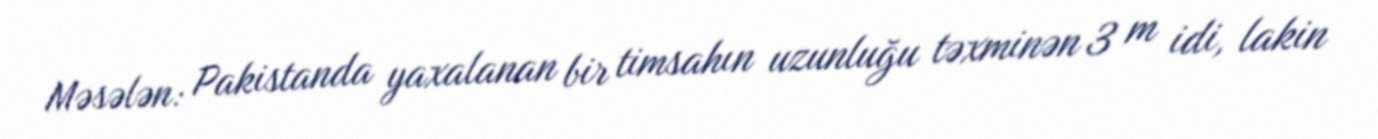
Məsələn: Pakistanda yaxalanan bir timsahın uzunluğu təxminən 3 m idi, lakin